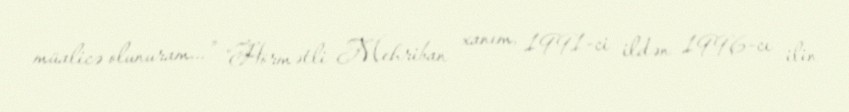
müalicə olunuram...” “Hörmətli Mehriban xanım, 1991-ci ildən 1996-cı ilin